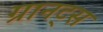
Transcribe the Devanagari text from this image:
ग्रानट्स